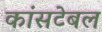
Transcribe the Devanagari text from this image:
कांसटेबल